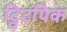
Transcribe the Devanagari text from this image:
ट्विटपिक